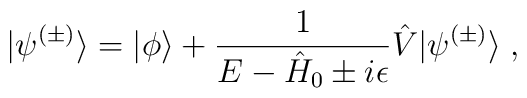
|\psi^{(\pm)}\rangle=|\phi\rangle+        \frac{1}{E-\hat H_0\pm i\epsilon}        \hat V|\psi^{(\pm)}\rangle\;,